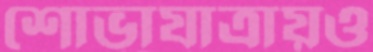
শোভাযাত্রায়ও